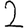
Digit: 2